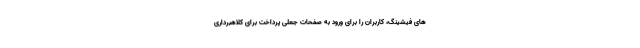
های فیشینگ، کاربران را برای ورود به صفحات جعلی پرداخت برای کلاهبرداری